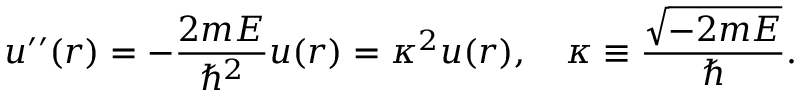
u ^ { \prime \prime } ( r ) = - \frac { 2 m E } { \hbar ^ { 2 } } u ( r ) = \kappa ^ { 2 } u ( r ) , \quad \kappa \equiv \frac { \sqrt { - 2 m E } } { \hbar } .